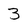
Character: 3